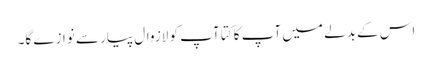
اس کے بدلے میں آپ کا کتا آپ کو لازوال پیار سے نوازے گا۔